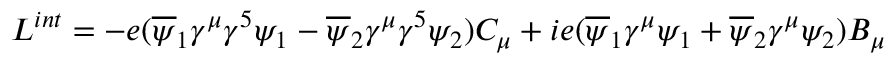
L ^ { i n t } = - e ( \overline { { \psi } } _ { 1 } \gamma ^ { \mu } \gamma ^ { 5 } \psi _ { 1 } - \overline { { \psi } } _ { 2 } \gamma ^ { \mu } \gamma ^ { 5 } \psi _ { 2 } ) C _ { \mu } + i e ( \overline { { \psi } } _ { 1 } \gamma ^ { \mu } \psi _ { 1 } + \overline { { \psi } } _ { 2 } \gamma ^ { \mu } \psi _ { 2 } ) B _ { \mu }